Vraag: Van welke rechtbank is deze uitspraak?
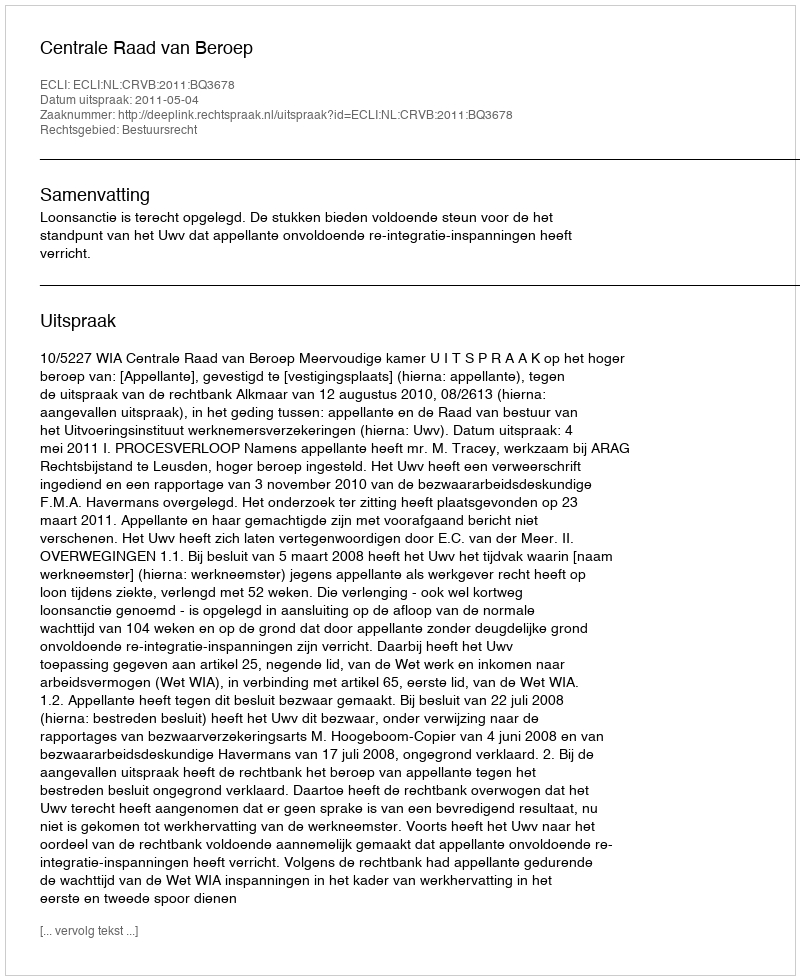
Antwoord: Centrale Raad van Beroep